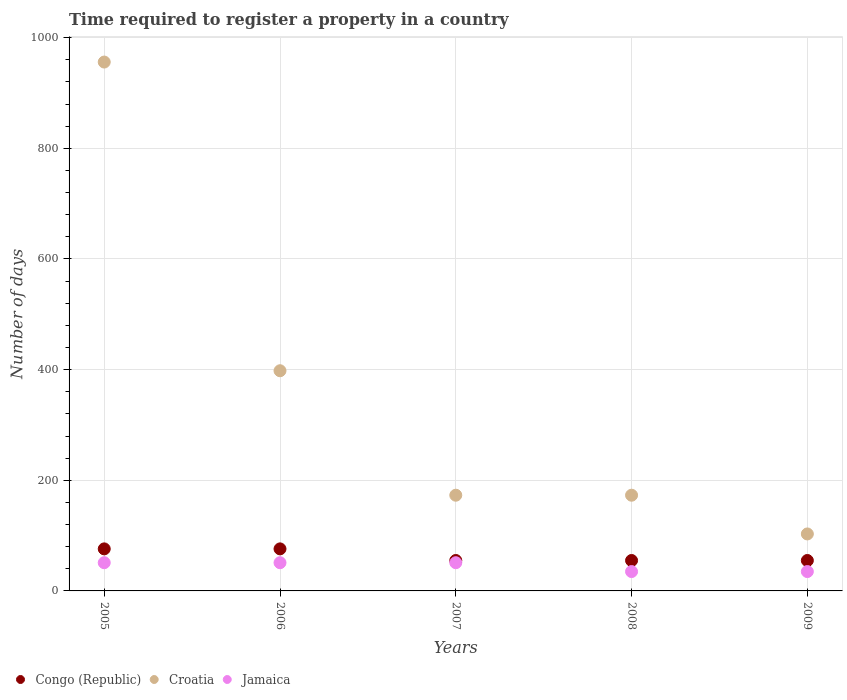
| Years | Congo (Republic) | Croatia | Jamaica |
 | --- | --- | --- | --- |
 | 2005 | 76 | 956 | 51 |
 | 2006 | 76 | 398 | 51 |
 | 2007 | 55 | 173 | 51 |
 | 2008 | 55 | 173 | 35 |
 | 2009 | 55 | 103 | 35 |